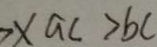
> x a c > b c